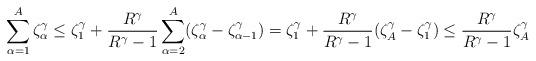
LaTeX: \begin{align*} \sum_{\alpha = 1}^A \zeta_\alpha^\gamma \le \zeta_1^\gamma + \frac{R^\gamma}{R^\gamma-1} \sum_{\alpha=2}^A (\zeta_\alpha^\gamma - \zeta_{\alpha-1}^\gamma ) = \zeta_1^\gamma + \frac{R^\gamma}{R^\gamma-1} (\zeta_A^\gamma - \zeta_1^\gamma) \le \frac{R^\gamma}{R^\gamma-1} \zeta_A^\gamma \end{align*}